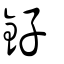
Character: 釨